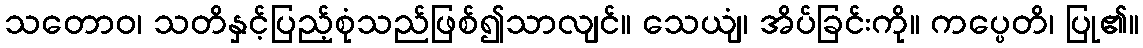
သတောဝ၊ သတိနှင့်ပြည့်စုံသည်ဖြစ်၍သာလျင်။ သေယျံ၊ အိပ်ခြင်းကို။ ကပ္ပေတိ၊ ပြု၏။